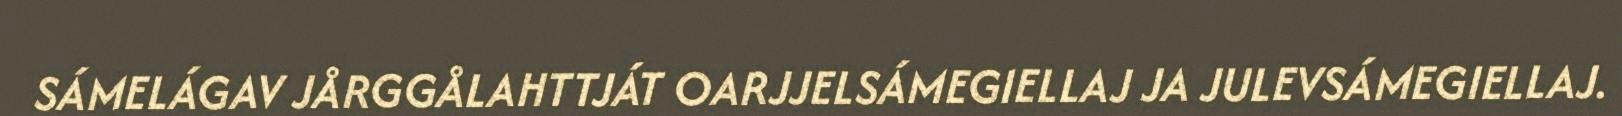
SÁMELÁGAV JÅRGGÅLAHTTJÁT OARJJELSÁMEGIELLAJ JA JULEVSÁMEGIELLAJ.